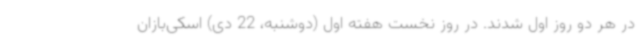
در هر دو روز اول شدند. در روز نخست هفته اول (دوشنبه، 22 دی) اسکی‌بازان